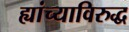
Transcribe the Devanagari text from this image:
ह्यांच्याविरुद्ध